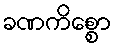
ခဏကိစ္စော